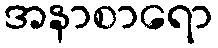
အနာစာရော